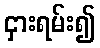
ငှားရမ်း၍